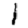
Digit: 1